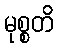
မုစ္စတိ